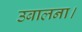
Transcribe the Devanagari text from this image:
उबालना।